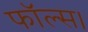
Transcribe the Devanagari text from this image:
फॉल्स।